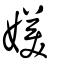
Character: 㜫